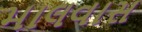
માલવાસ